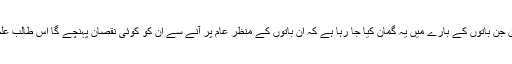
لیکن عمران خان کی ذاتی زندگی سے متعلق جن باتوں کے بارے میں یہ گمان کیا جا رہا ہے کہ ان باتوں کے منظر عام پر آنے سے ان کو کوئی نقصان پہنچے گا اس طالب علم کی نظر میں یہ صرف ایک خیال خام ہے۔